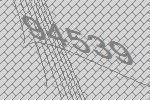
94539